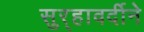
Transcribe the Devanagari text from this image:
सुर्‍हावर्दीने